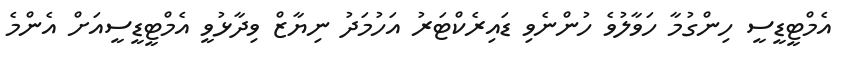
އެމްޓީޑީސީ ހިންގުމާ ހަވާލުވެ ހުންނެވި ޑައިރެކްޓަރު އަހުމަދު ނިޔާޒް ވިދާޅުވީ އެމްޓީޑީސީއަށް އެންމެ